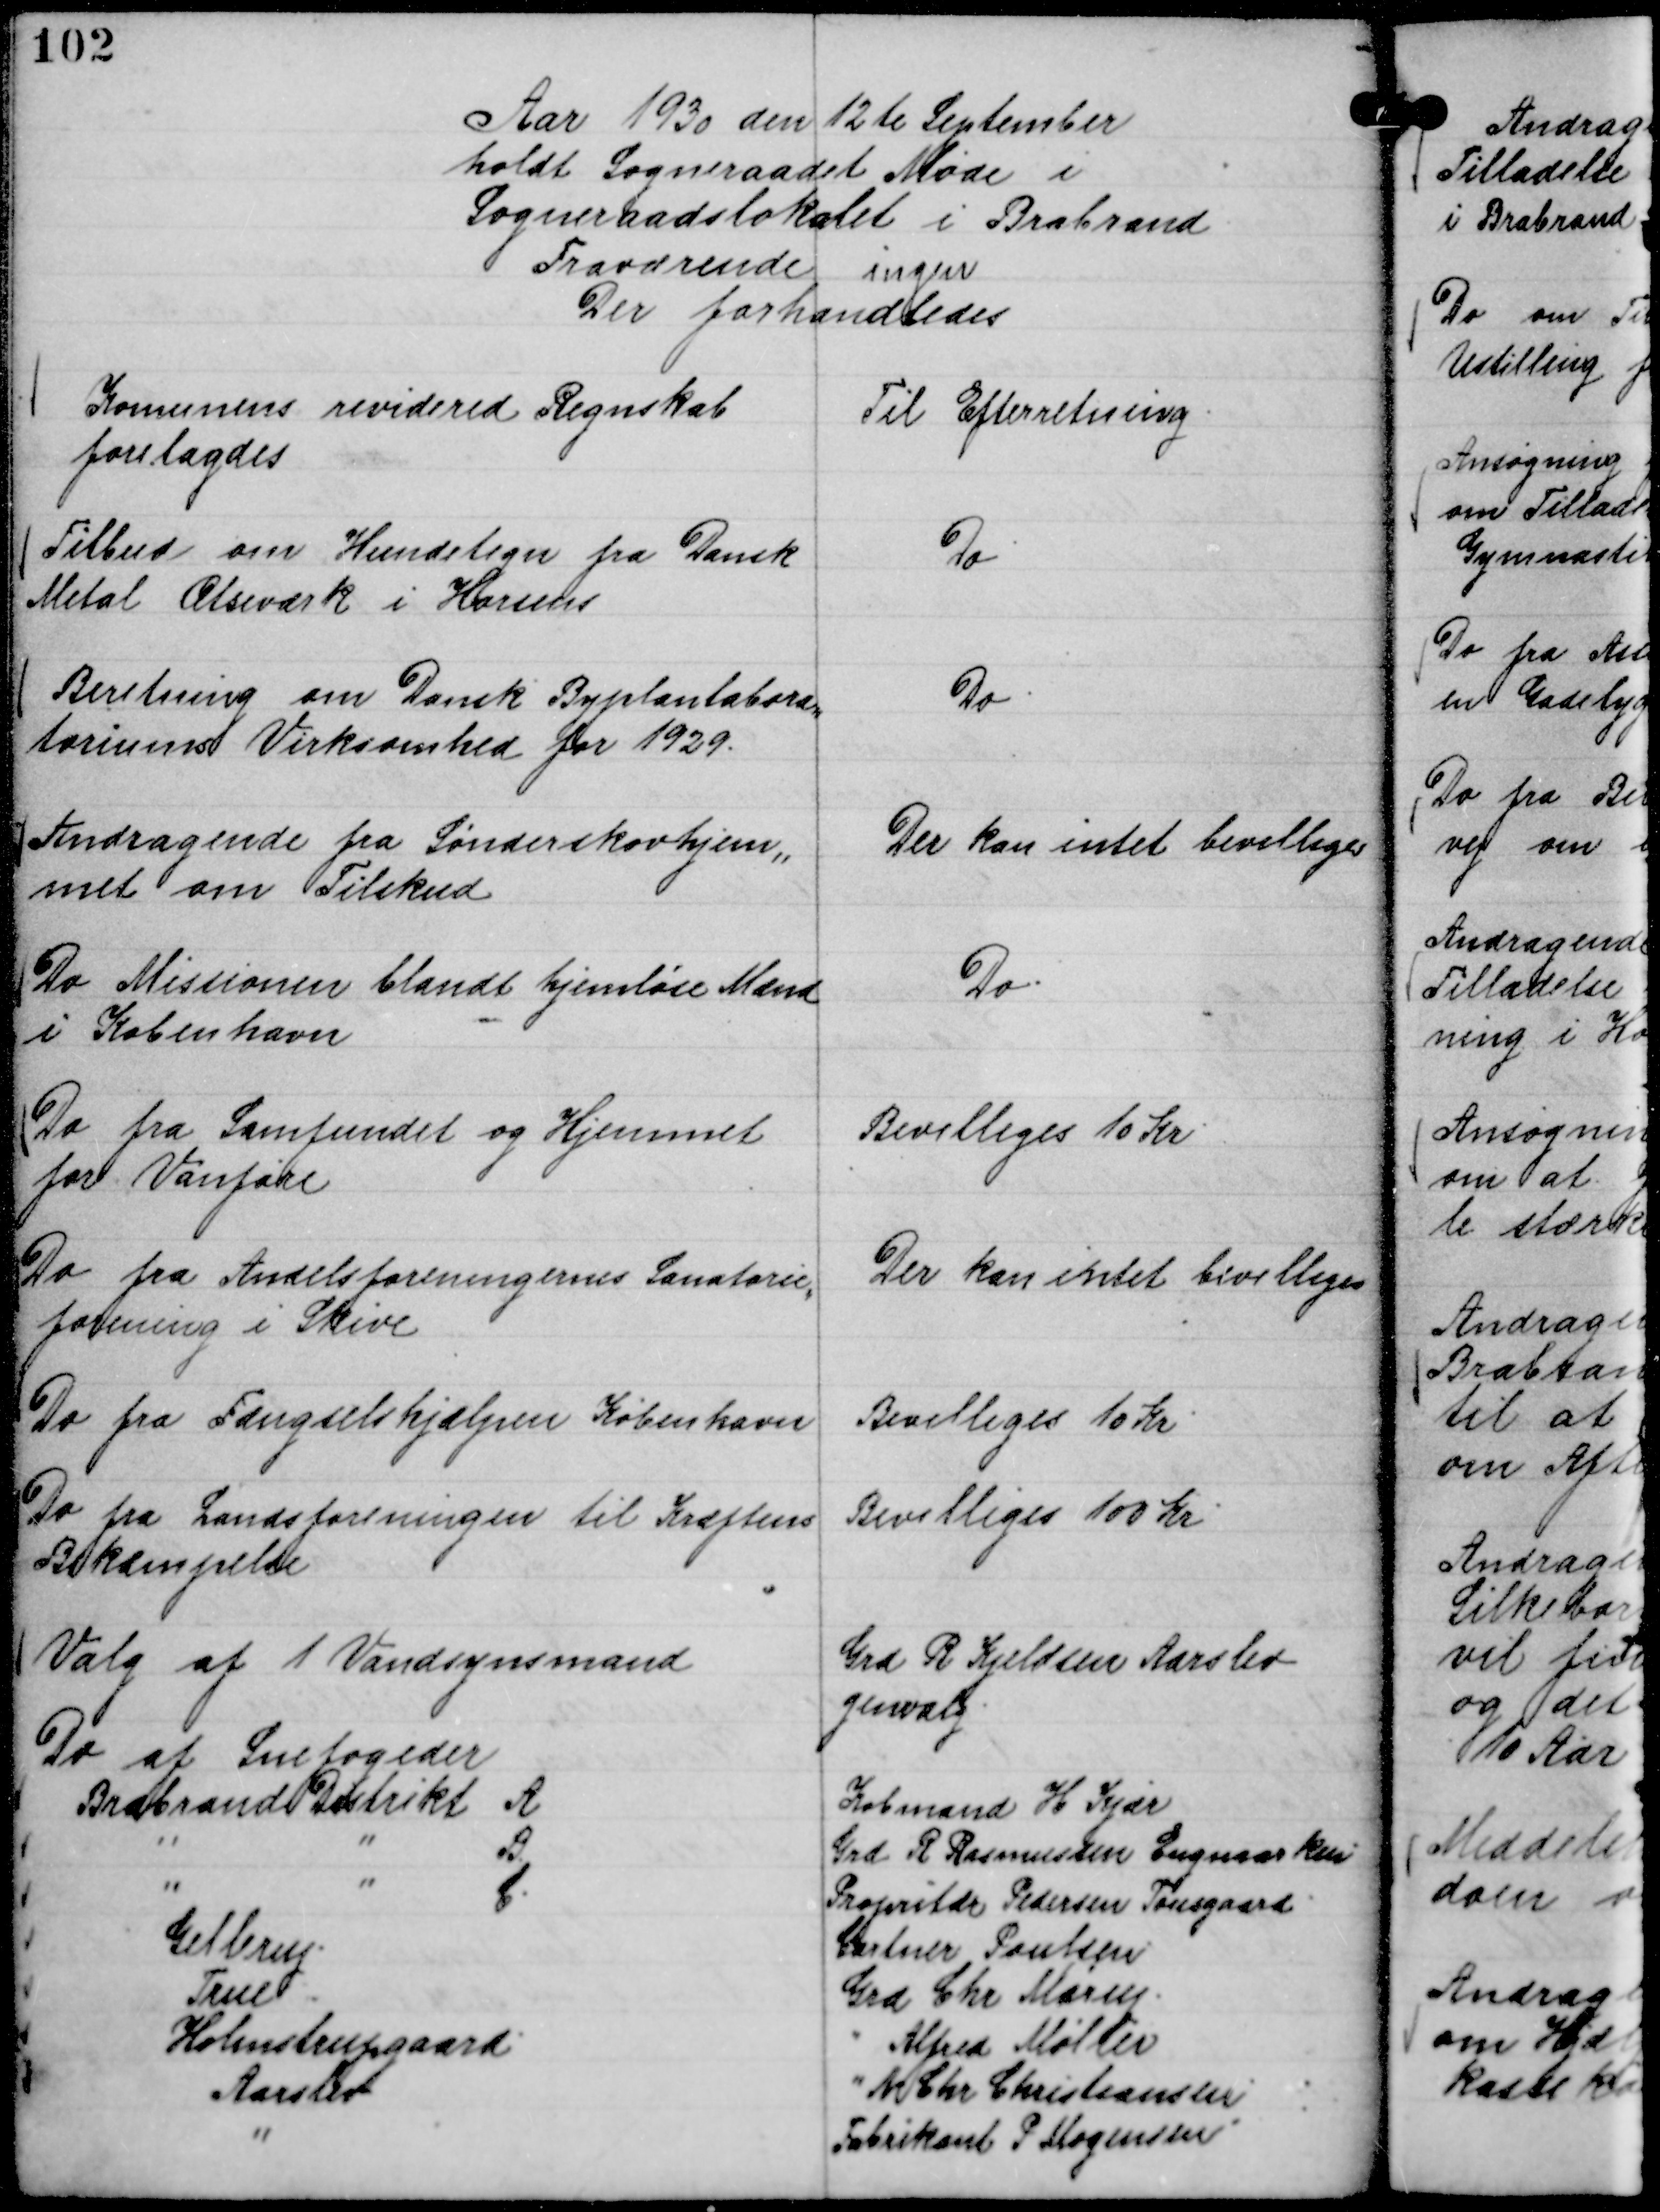
Transskription:
Aar 1930 den 12 te September
holdt Sogneraadet Møde i
Sogneraadslokalet i Brabrand
Fraværende ingen
Der forhandledes

Komunens reviderede Regnskab
forelagdes

Til Efterretning.

Tilbud om Hundetegn fra Dansk
Metal Ølseværk i Horsens

Do.

Beretning om Dansk Byplanlabora,,
toriums Virksomhed for 1929.

Do.

Andragende fra Sønderskovhjem,,
met om Tilskud

Der kan intet bevilliges

Do Missionen blandt hjemløse Mænd
i København

Do.

Do fra Samfundet og Hjemmet
for Vanføre

Bevilliges 10 Kr.

Do fra Andelsforeningernes Sanatorie,,
forening i Skive

Der kan intet bevilliges

Do fra Fængelseshjælpen København

Bevilliges 10 Kr.

Do fra Landsforeningen til Kræftens
Bekæmpelse

Bevilliges 100 Kr.

Valg af 1 Vandsynsmand

Grd R Kjeldsen Aarslev
genvalg.

Do af Snefogeder
Brabrand Distrikt A
Købmand H Kjær
"
"
B.
Grd R Rasmussen Engmarken.
"
"
C.
Propritær Pedersen Tousgaard.
Gellerup.
Gartner Poulsen.
True.
Grd Chr Marup.
Holmstrupgaard.
" Alfred Møller
Aarslev
" N Chr Christiansen
"
Fabrikant P Mogensen.